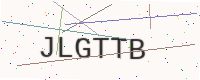
Text: JLGTTB